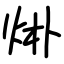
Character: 烞